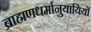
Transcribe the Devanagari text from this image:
ब्राह्मणधर्मानुयायियों